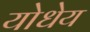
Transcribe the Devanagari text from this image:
योधेय